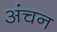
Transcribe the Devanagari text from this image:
अंचन